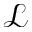
\mathcal { L }